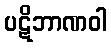
ပဋိဘာဏဝါ